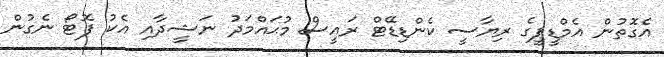
އެގޮތުން އެމްޑީޕީގެ ރިޔާސީ ކެންޑިޑޭޓް ރައީސް މުޙައްމަދު ނަޝީދާއި އެކު ފޮޓޯ ނެގުން